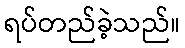
ရပ်တည်ခဲ့သည်။